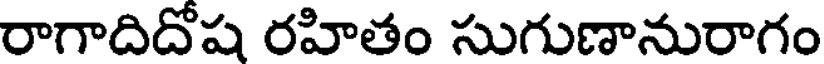
రాగాదిదోష రహితం సుగుణానురాగం